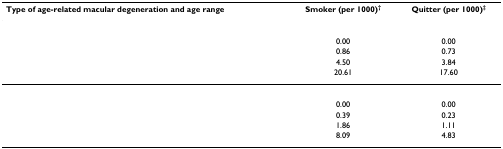
<table><thead><tr><td><b>Type of age-related macular degeneration and age range</b></td><td><b>Smoker (per 1000)<sup>†</sup></b></td><td><b>Quitter (per 1000)<sup>‡</sup></b></td></tr></thead><tbody><tr><td>[EMPTY_CELL]</td><td>[EMPTY_CELL]</td><td>[EMPTY_CELL]</td></tr><tr><td>[EMPTY_CELL]</td><td>0.00</td><td>0.00</td></tr><tr><td>[EMPTY_CELL]</td><td>0.86</td><td>0.73</td></tr><tr><td>[EMPTY_CELL]</td><td>4.50</td><td>3.84</td></tr><tr><td>[EMPTY_CELL]</td><td>20.61</td><td>17.60</td></tr><tr><td>[EMPTY_CELL]</td><td>[EMPTY_CELL]</td><td>[EMPTY_CELL]</td></tr><tr><td>[EMPTY_CELL]</td><td>0.00</td><td>0.00</td></tr><tr><td>[EMPTY_CELL]</td><td>0.39</td><td>0.23</td></tr><tr><td>[EMPTY_CELL]</td><td>1.86</td><td>1.11</td></tr><tr><td>[EMPTY_CELL]</td><td>8.09</td><td>4.83</td></tr></tbody></table>